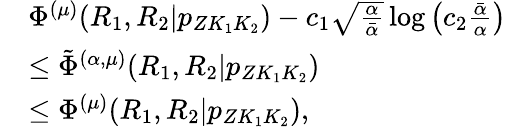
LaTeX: \begin{array}{rl}&{\Phi^{(\mu)}(R_{1},R_{2}|{p_{ZK_{1}K_{2}}})-c_{1}\sqrt{\frac{\alpha}{\bar{\alpha}}}\log\left(c_{2}\frac{\bar{\alpha}}{\alpha}\right)}\\ &{\leq\tilde{\Phi}^{(\alpha,\mu)}(R_{1},R_{2}|{p_{ZK_{1}K_{2}}})}\\ &{\leq\Phi^{(\mu)}(R_{1},R_{2}|{p_{ZK_{1}K_{2}}}),}\end{array}